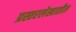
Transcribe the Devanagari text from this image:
प्रस्तरलेखातील